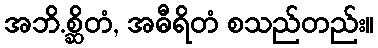
အဘိ.စ္ဆိတံ, အဓီရိတံ စသည်တည်း။